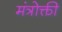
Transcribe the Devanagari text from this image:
मंत्रोक्ती